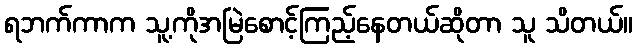
ရဘက်ကာက သူ့ကိုအမြဲစောင့်ကြည့်နေတယ်ဆိုတာ သူ သိတယ်။